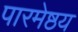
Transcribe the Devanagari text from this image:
पारमेष्ठय